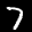
Label: 7